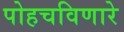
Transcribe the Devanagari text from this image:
पोहचविणारे